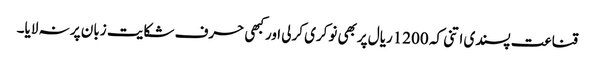
قناعت پسندی اتنی کہ 1200ریال پربھی نوکری کرلی اورکبھی حرف شکایت زبان پر نہ لایا۔